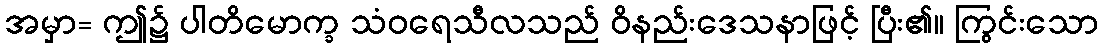
အမှာ= ဤ၌ ပါတိမောက္ခ သံဝရေသီလသည် ဝိနည်းဒေသနာဖြင့် ပြီး၏။ ကြွင်းသော